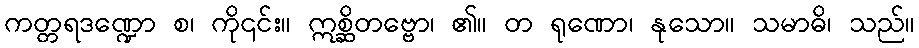
ကတ္တရဒဏ္ဍော စ၊ ကို၎င်း။ ဣစ္ဆိတဗ္ဗော၊ ၏။ တ ရုဏော၊ နုသော။ သမာဓိ၊ သည်။